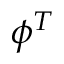
\phi ^ { T }